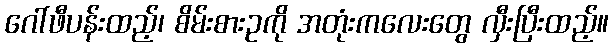
ဂေါ်ဖီပန်းထည့်၊ စိမ်းစားဥကို အတုံးကလေးတွေ လှီးပြီးထည့်။